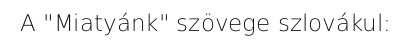
A "Miatyánk" szövege szlovákul: